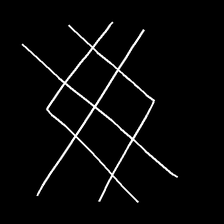
Glyph: crystal